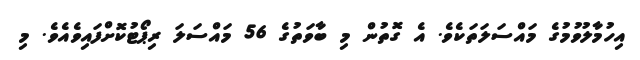
އިހުމާލުވުމުގެ މައްސަލަތަކެވެ. އެ ގޮތުން މި ބާވަތުގެ 56 މައްސަލަ ރިޕޯޓުކޮށްފައިވެއެވެ. މި